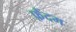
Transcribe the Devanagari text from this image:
फ़ैंदम